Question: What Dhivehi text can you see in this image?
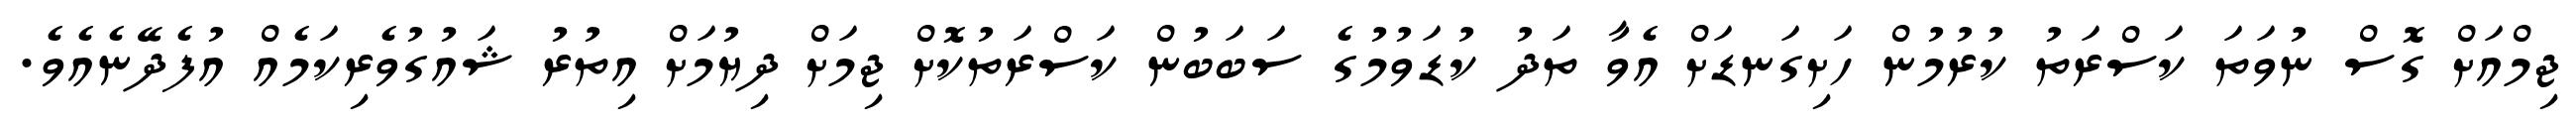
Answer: ޖިމްއަށް ގޮސް ނުވަތަ ކަސްރަތު ކުރުމުން ހަށިގަނޑަށް އެވާ ތަދު ކުޑަވުމުގެ ސަބަބުން ކަސްރަތުކޮށް ޖިމަށް ދިޔުމަށް އިތުރު ޝައުގުވެރިކަމެއް އުފެދޭނެއެވެ.